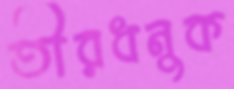
তীরধনুক